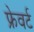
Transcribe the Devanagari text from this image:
फ्रेवर्ट